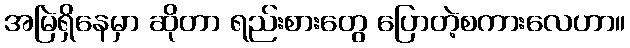
အမြဲရှိနေမှာ ဆိုတာ ရည်းစားတွေ ပြောတဲ့စကားလေဟာ။